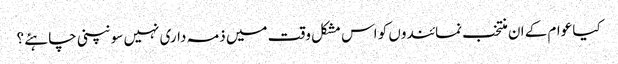
کیا عوام کے ان منتخب نمائندوں کو اس مشکل وقت میں ذمہ داری نہیں سونپنی چاہئے ؟